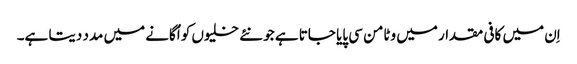
اِن میں کافی مقدار میں وٹامن سی پایا جاتا ہے جو نئے خلیوں کو اُگانے میں مدد دیتا ہے۔